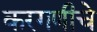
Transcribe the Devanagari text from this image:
करगणीचे